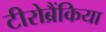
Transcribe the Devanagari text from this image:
टीरोब्रैंकिया